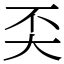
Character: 奀